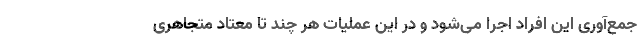
جمع‌آوری این افراد اجرا می‌شود و در این عملیات هر چند تا معتاد متجاهری